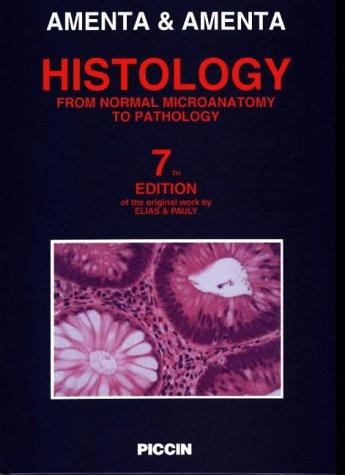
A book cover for Histology: From Normal Microanatomy to Pathology; Peter S. Amenta; Medical Books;